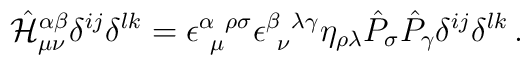
\hat {\cal H}^{\alpha\beta}_{\mu\nu} \delta^{ij} \delta^{lk} =\epsilon^{\alpha~\rho\sigma}_{~\mu} \epsilon^{\beta~\lambda\gamma}_{~\nu}\eta_{\rho\lambda} \hat P_\sigma \hat P_\gamma \delta^{ij} \delta^{lk} \,.